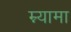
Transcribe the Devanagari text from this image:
म्न्यामा